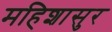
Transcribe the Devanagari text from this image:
महिशासुर